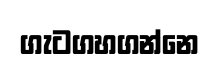
ගැටගහගන්නෙ